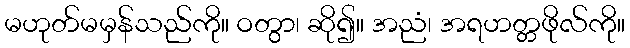
မဟုတ်မမှန်သည်ကို။ ဝတွာ၊ ဆို၍။ အညံ၊ အရဟတ္တဖိုလ်ကို။